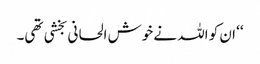
‘‘ ان کو اللہ نے خوش الحانی بخشی تھی۔